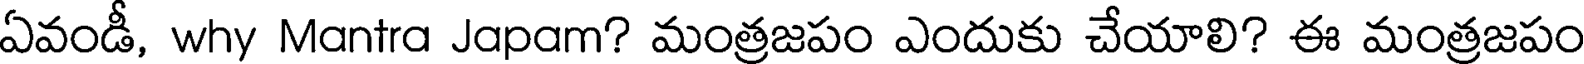
ఏవండీ, why Mantra Japam? మంత్రజపం ఎందుకు చేయాలి? ఈ మంత్రజపం